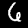
Digit: 6